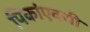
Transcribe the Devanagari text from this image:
पिकांएवजी